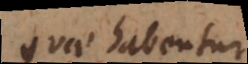
quae habentur